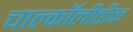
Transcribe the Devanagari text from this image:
चाल्कॉलीठीक